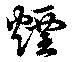
煙